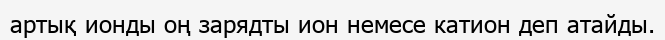
артық ионды оң зарядты ион немесе катион деп атайды.